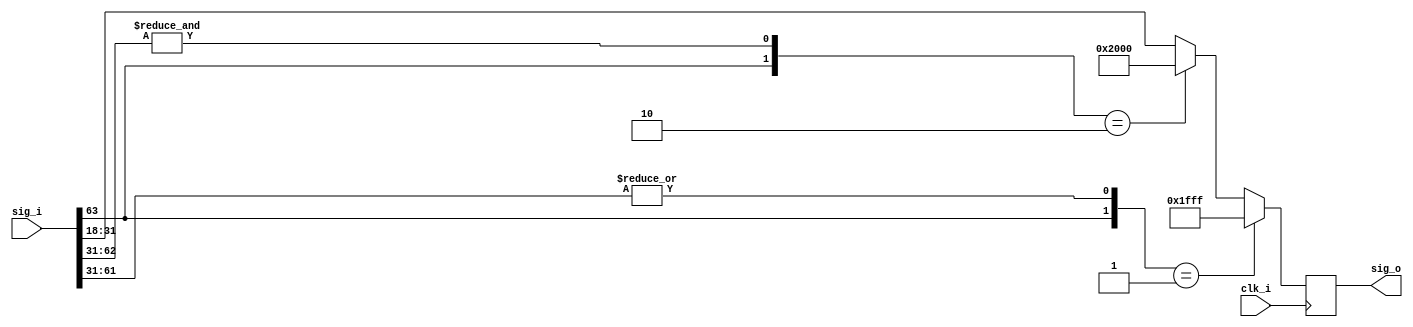
`timescale 1ns / 1ps
//////////////////////////////////////////////////////////////////////////////////
// Company: 
// Engineer: 
// 
// Design Name: 
// Module Name: SLICE_WO
// Project Name: 
// Target Devices: 
// Tool Versions: 
// Description: 
// 
// Dependencies: 
// 
// Revision:
// Revision 0.01 - File Created
// Additional Comments:
// 
//////////////////////////////////////////////////////////////////////////////////


module SLICE_WO #(
    parameter win   = 64,
    parameter uout  = 31,
    parameter lout  = 18
    
    )(
    
    input                   clk_i,
    input   [win-1:0]       sig_i,
    output  [uout-lout:0]   sig_o
    );
        
    reg     [uout-lout:0]   sig;
    
    always @(posedge clk_i) begin
        if ({sig_i[win-1],|sig_i[win-3:uout]} == 2'b01) //positive overflow
            sig <= 14'h1FFF ;
        else if ({sig_i[win-1],&sig_i[win-2:uout]} == 2'b10) //negative overflow
            sig <= 14'h2000 ;
        else
            sig <= sig_i[uout:lout] ;
    end
    
    assign sig_o = sig;
    
endmodule